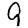
Digit: 9